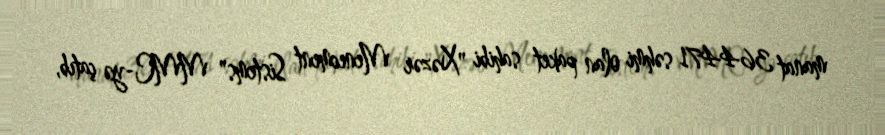
manat 364471 səhmi olan paket sahibi "Xəzər Menecment Sistems" MMC-yə çatıb,